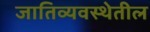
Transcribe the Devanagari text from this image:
जातिव्यवस्थेतील